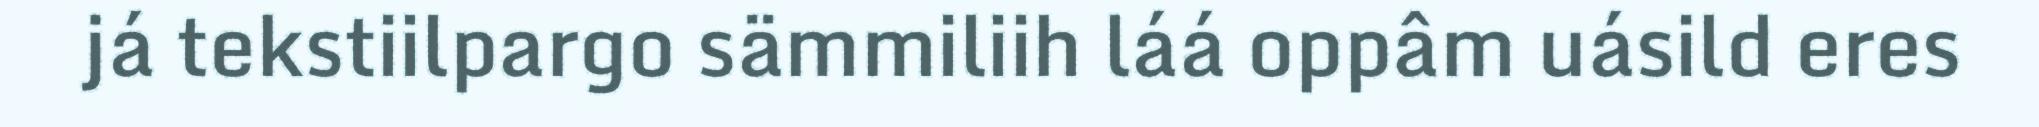
já tekstiilpargo sämmiliih láá oppâm uásild eres